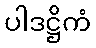
ပါဒဋ္ဌိကံ